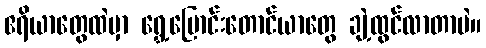
ဧရိယာတွေထဲမှာ ရွှေ့ပြောင်းတောင်ယာတွေ ချဲ့ထွင်လာတာပဲ။